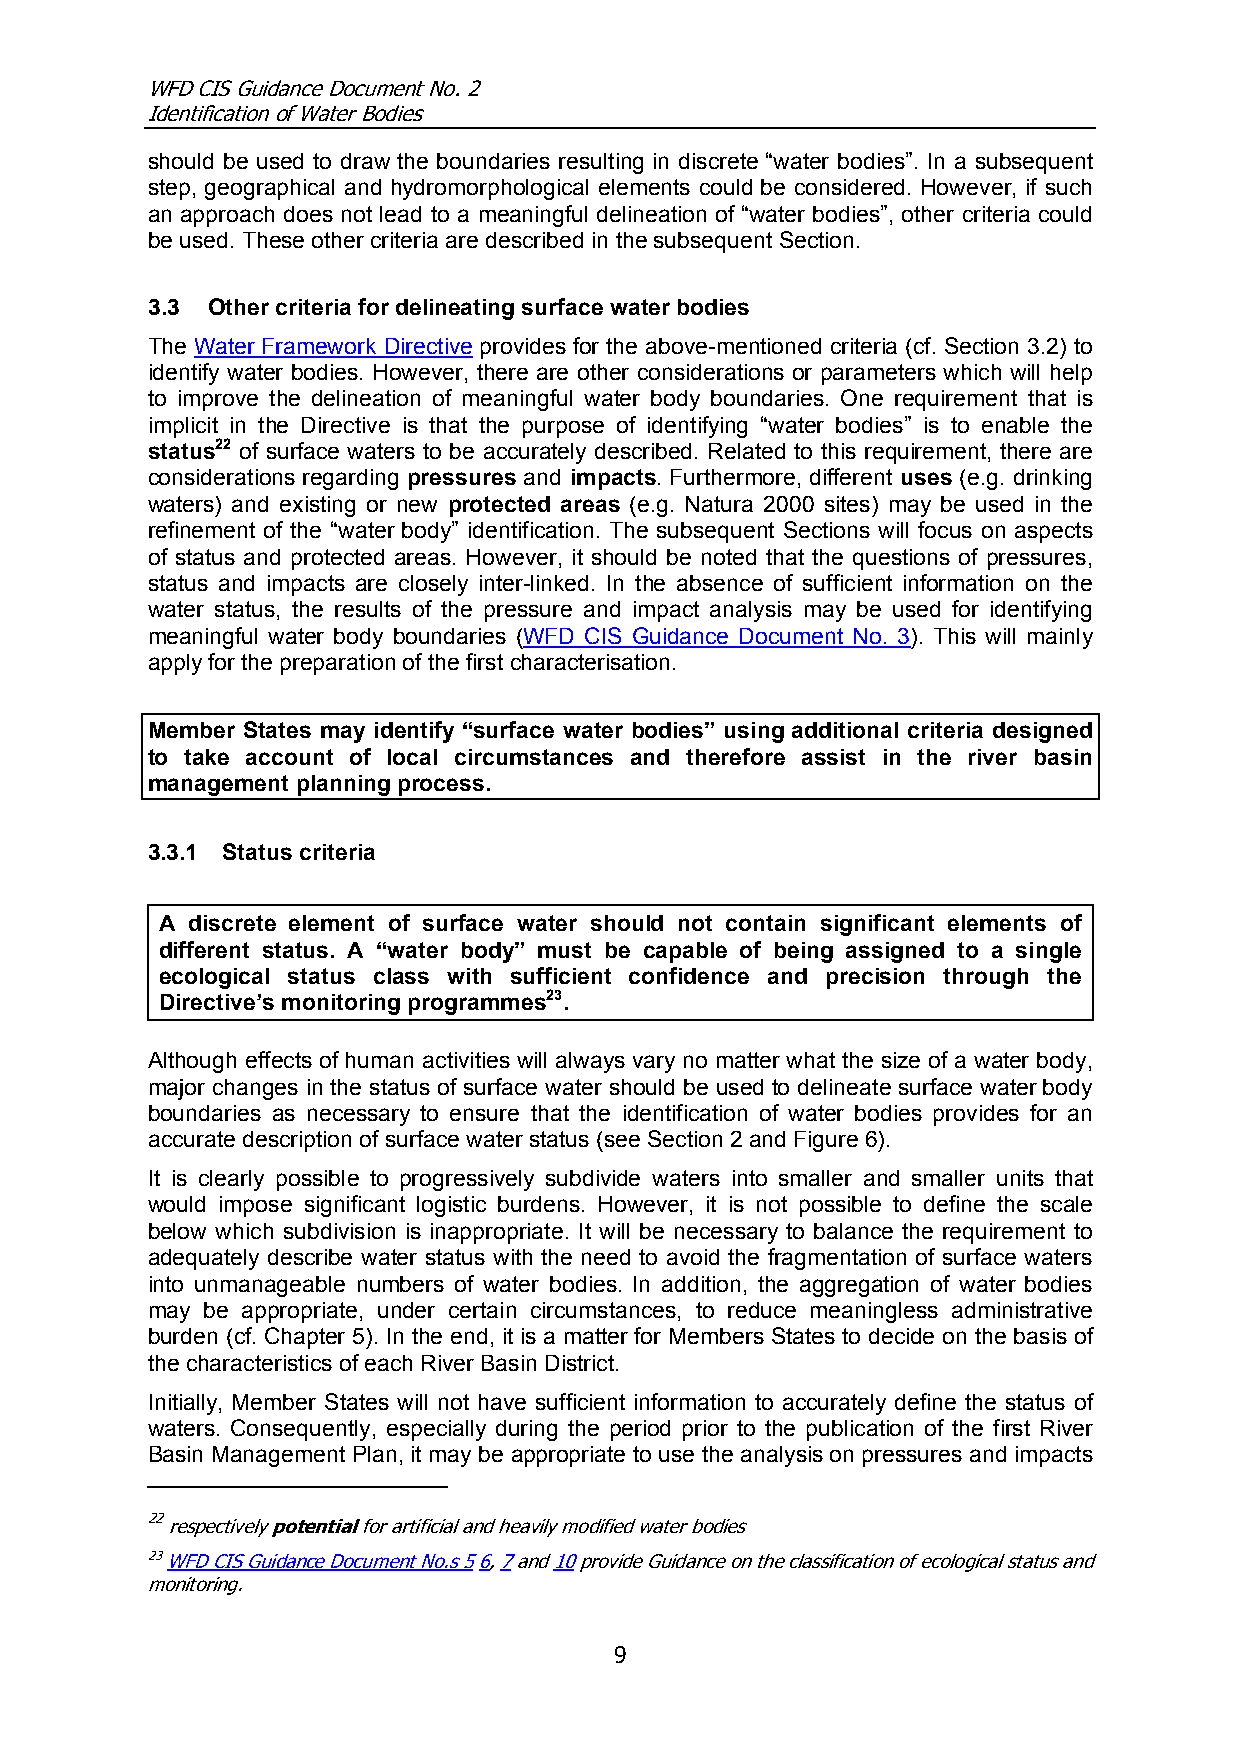
WFD CIS Guidance Document No. 2
 Identification of Water Bodies
 should be used to draw the boundaries resulting in discrete “water bodies”. In a subsequent
 step, geographical and hydromorphological elements could be considered. However, if such
 an approach does not lead to a meaningful delineation of “water bodies”, other criteria could
 be used. These other criteria are described in the subsequent Section.
 3.3 Other criteria for delineating surface water bodies
 The Water Framework Directive provides for the above-mentioned criteria (cf. Section 3.2) to
 identify water bodies. However, there are other considerations or parameters which will help
 to improve the delineation of meaningful water body boundaries. One requirement that is
 implicit in the Directive is that the purpose of identifying “water bodies” is to enable the
 status22 of surface waters to be accurately described. Related to this requirement, there are
 considerations regarding pressures and impacts. Furthermore, different uses (e.g. drinking
 waters) and existing or new protected areas (e.g. Natura 2000 sites) may be used in the
 refinement of the “water body” identification. The subsequent Sections will focus on aspects
 of status and protected areas. However, it should be noted that the questions of pressures,
 status and impacts are closely inter-linked. In the absence of sufficient information on the
 water status, the results of the pressure and impact analysis may be used for identifying
 meaningful water body boundaries (WFD CIS Guidance Document No. 3). This will mainly
 apply for the preparation of the first characterisation.
 Member States may identify “surface water bodies” using additional criteria designed
 to take account of local circumstances and therefore assist in the river basin
 management planning process.
 3.3.1 Status criteria
 A discrete element of surface water should not contain significant elements of
 different status. A “water body” must be capable of being assigned to a single
 ecological status class with sufficient confidence and precision through the
 Directive’s monitoring programmes23.
 Although effects of human activities will always vary no matter what the size of a water body,
 major changes in the status of surface water should be used to delineate surface water body
 boundaries as necessary to ensure that the identification of water bodies provides for an
 accurate description of surface water status (see Section 2 and Figure 6).
 It is clearly possible to progressively subdivide waters into smaller and smaller units that
 would impose significant logistic burdens. However, it is not possible to define the scale
 below which subdivision is inappropriate. It will be necessary to balance the requirement to
 adequately describe water status with the need to avoid the fragmentation of surface waters
 into unmanageable numbers of water bodies. In addition, the aggregation of water bodies
 may be appropriate, under certain circumstances, to reduce meaningless administrative
 burden (cf. Chapter 5). In the end, it is a matter for Members States to decide on the basis of
 the characteristics of each River Basin District.
 Initially, Member States will not have sufficient information to accurately define the status of
 waters. Consequently, especially during the period prior to the publication of the first River
 Basin Management Plan, it may be appropriate to use the analysis on pressures and impacts
 22 respectively potential for artificial and heavily modified water bodies
 23 WFD CIS Guidance Document No.s 5 6, 7 and 10 provide Guidance on the classification of ecological status and
 monitoring.
 9